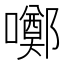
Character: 𡂸